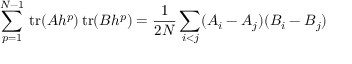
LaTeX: \sum _ { p = 1 } ^ { N - 1 } \mathrm { \, t r } ( A h ^ { p } ) \mathrm { \, t r } ( B h ^ { p } ) = \frac { 1 } { 2 N } \sum _ { i < j } ( A _ { i } - A _ { j } ) ( B _ { i } - B _ { j } )